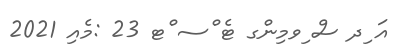
އަ ިދ ސް ިވމިންގ ޓެ ްސ ްޓ 23 :މެއި 2021